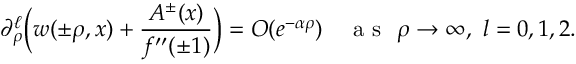
\partial _ { \rho } ^ { \ell } \bigg ( w ( \pm \rho , x ) + \frac { A ^ { \pm } ( x ) } { f ^ { \prime \prime } ( \pm 1 ) } \bigg ) = O ( e ^ { - \alpha \rho } ) \quad \mathrm { ~ a ~ s ~ } ~ \rho \to \infty , \ l = 0 , 1 , 2 .